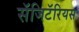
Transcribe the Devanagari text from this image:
सॅजिटॅरियस